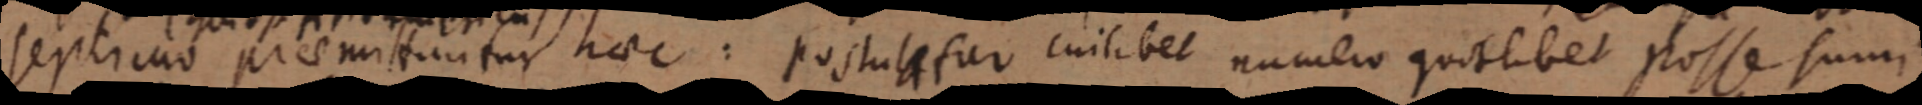
septimo praemituntur haec: postule fur cuilibet numbro quodlibet posse sumi